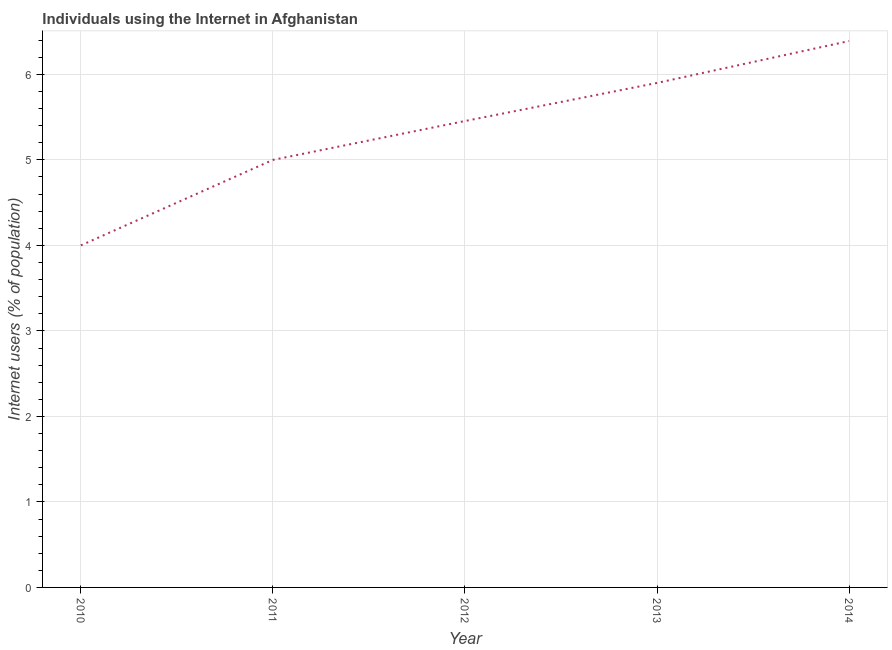
| Year | Internet users |
 | --- | --- |
 | 2010 | 4 |
 | 2011 | 5 |
 | 2012 | 5.45 |
 | 2013 | 5.9 |
 | 2014 | 6.39 |